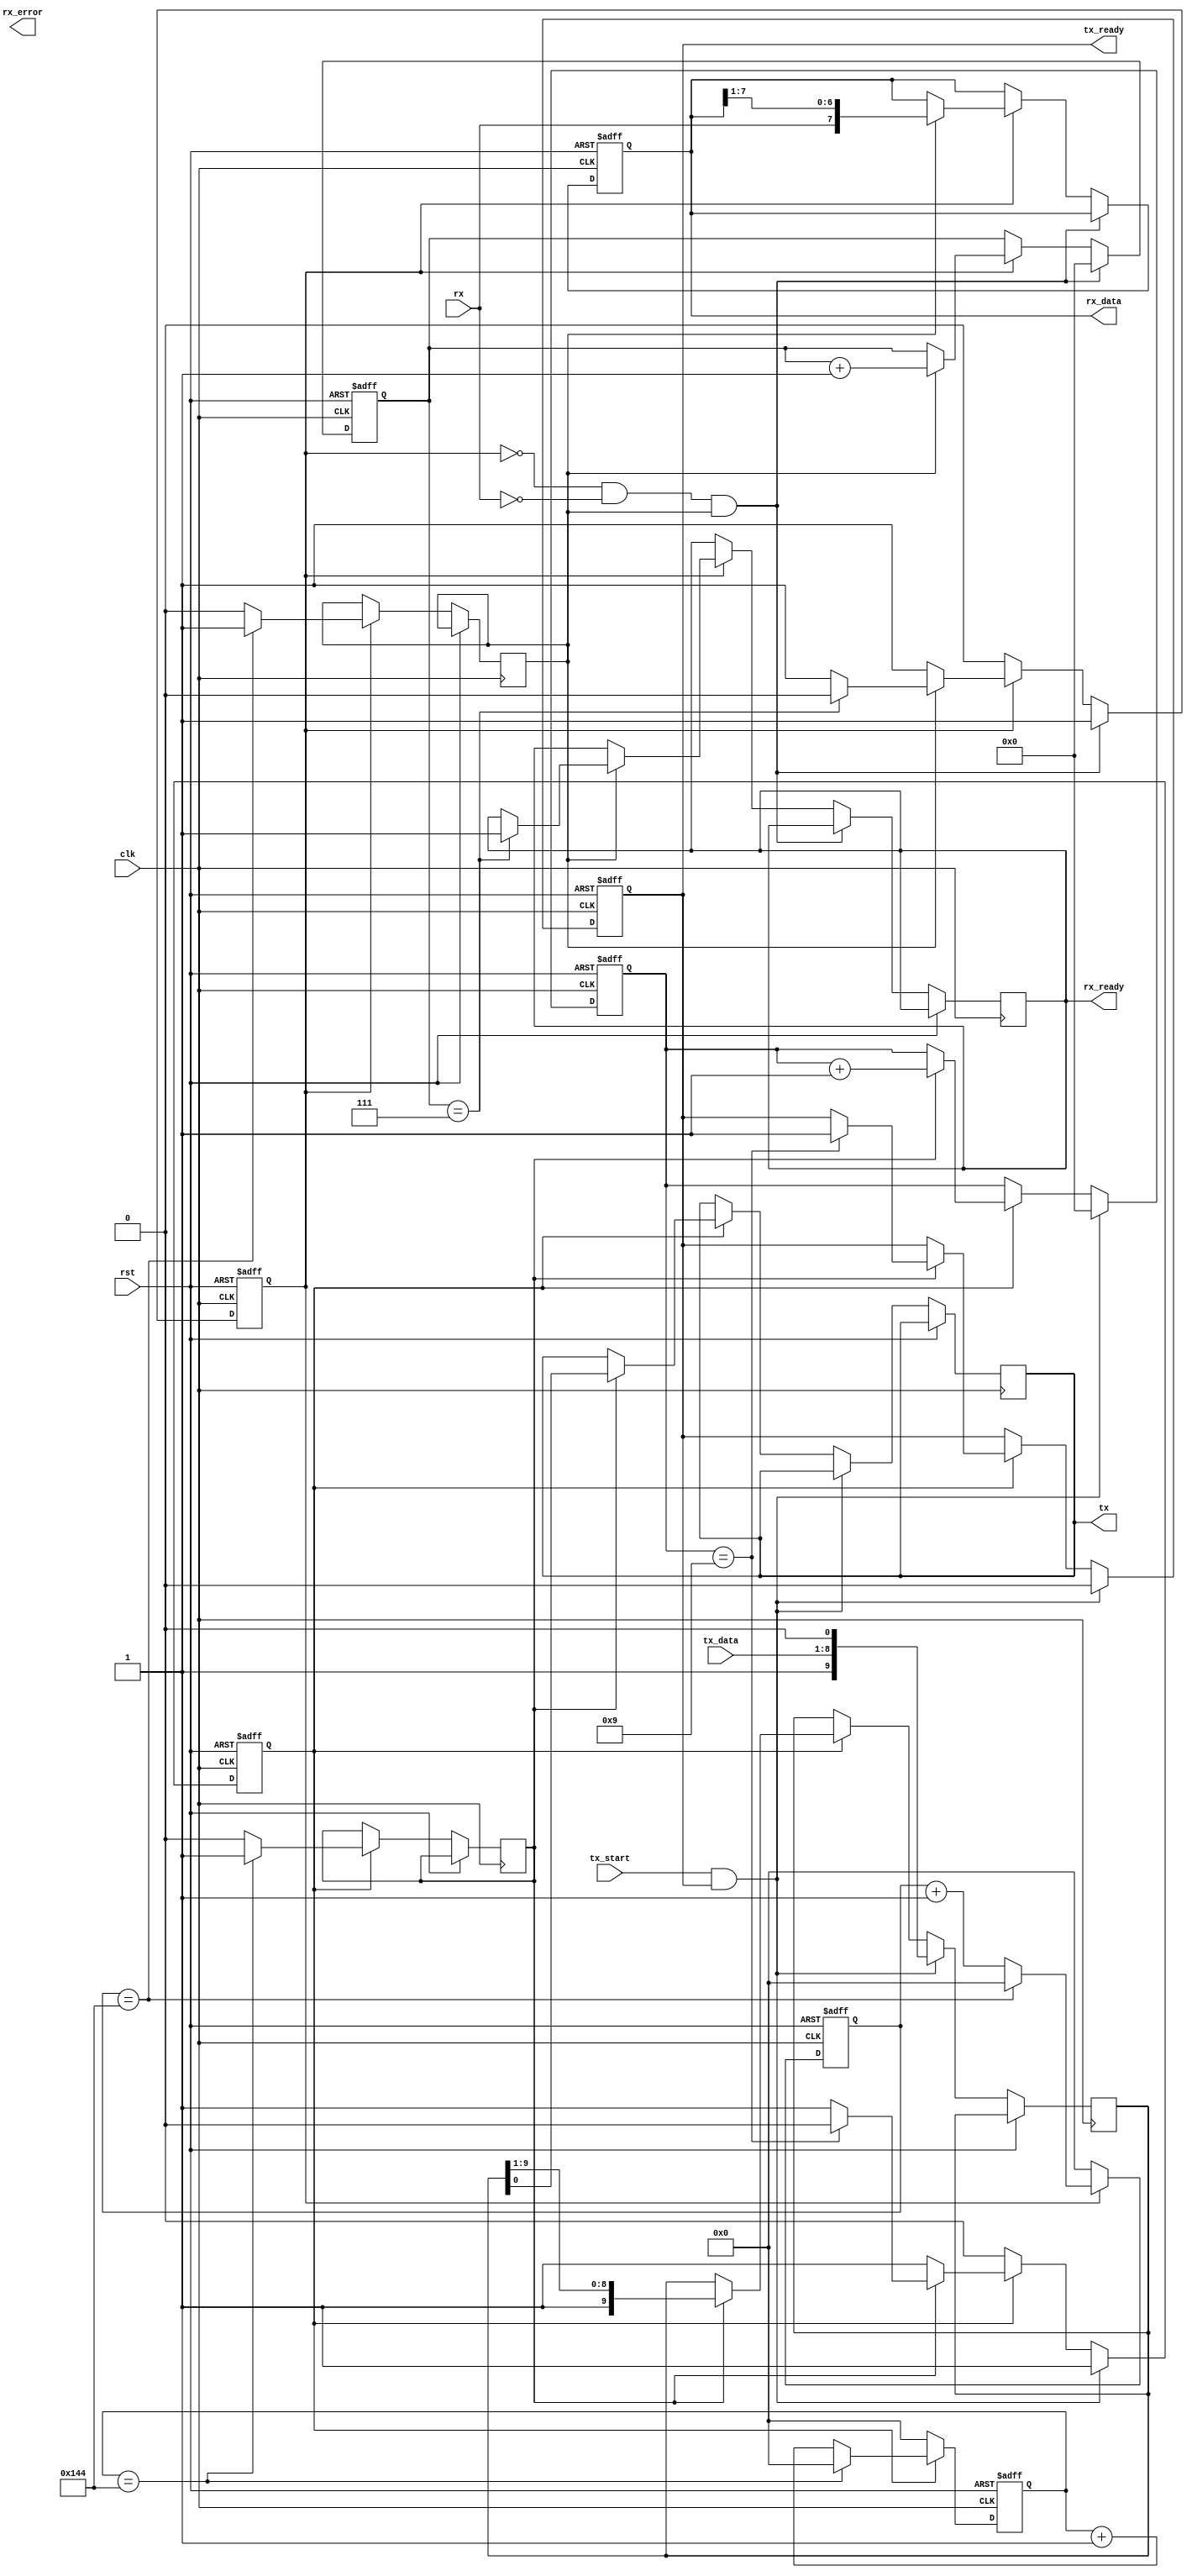
module parameterized_uart #(
    parameter BAUD_RATE = 9600,
    parameter CLOCK_FREQ = 50000000, // 50 MHz
    parameter DATA_WIDTH = 8,
    parameter STOP_BITS = 1,
    parameter PARITY = "NONE" // Options: "NONE", "EVEN", "ODD"
) (
    input wire clk,               // System Clock
    input wire rst,               // Reset
    input wire tx_start,          // Start signal for transmission
    input wire [DATA_WIDTH-1:0] tx_data, // Data to transmit
    output wire tx_ready,         // TX ready signal
    output wire tx,               // Transmitted serial data output
    
    input wire rx,                // Received serial data input
    output wire [DATA_WIDTH-1:0] rx_data, // Received data
    output wire rx_ready,         // RX ready signal
    output wire rx_error          // RX error signal
);

    // Baud rate calculation
    localparam BAUD_DIV = CLOCK_FREQ / (BAUD_RATE * 16);
    
    // Transmitter variables
    reg [DATA_WIDTH+1+STOP_BITS-1:0] tx_shift_reg;
    reg [3:0] tx_bit_count;
    reg tx_enable;
    reg [9:0] tx_clk_count;
    reg tx_busy;
    
    // Receiver variables
    reg [DATA_WIDTH-1:0] rx_shift_reg;
    reg [3:0] rx_bit_count;
    reg [9:0] rx_clk_count;
    reg rx_busy;
    reg rx_sample;
    
    // Baud Rate Generator for TX
    always @(posedge clk or posedge rst) begin
        if (rst) begin
            tx_clk_count <= 0;
        end else if (tx_busy) begin
            if (tx_clk_count == BAUD_DIV - 1) begin
                tx_clk_count <= 0;
                tx_enable <= 1;
            end else begin
                tx_clk_count <= tx_clk_count + 1;
                tx_enable <= 0;
            end
        end else begin
            tx_clk_count <= 0;
        end
    end

    // Transmitter State Machine
    always @(posedge clk or posedge rst) begin
        if (rst) begin
            tx_busy <= 0;
            tx_ready <= 1;
            tx_bit_count <= 0;
        end else if (tx_start && tx_ready) begin
            tx_busy <= 1;
            tx_ready <= 0;
            tx_bit_count <= 0;
            tx_shift_reg <= {1'b1, tx_data, 1'b0}; // Stop, Data, Start
        end else if (tx_busy) begin
            if (tx_enable) begin
                tx <= tx_shift_reg[0]; // Send least significant bit first
                tx_shift_reg <= {1'b1, tx_shift_reg[DATA_WIDTH+1+STOP_BITS-1:1]}; // Shift right
                tx_bit_count <= tx_bit_count + 1;
                if (tx_bit_count == DATA_WIDTH + STOP_BITS) begin
                    tx_busy <= 0; // Transmission complete
                    tx_ready <= 1; // Ready for next transmission
                end
            end
        end
    end

    // Baud Rate Generator for RX
    always @(posedge clk or posedge rst) begin
        if (rst) begin
            rx_clk_count <= 0;
        end else if (rx_busy) begin
            if (rx_clk_count == BAUD_DIV - 1) begin
                rx_clk_count <= 0;
                rx_sample <= 1;
            end else begin
                rx_clk_count <= rx_clk_count + 1;
                rx_sample <= 0;
            end
        end else begin
            rx_clk_count <= 0;
        end
    end

    // Receiver State Machine
    always @(posedge clk or posedge rst) begin
        if (rst) begin
            rx_busy <= 0;
            rx_bit_count <= 0;
            rx_shift_reg <= 0;
        end else if (!rx_busy && !rx && rx_sample) begin // Start bit detected
            rx_busy <= 1;
            rx_bit_count <= 0;
        end else if (rx_busy) begin
            if (rx_sample) begin
                rx_shift_reg <= {rx, rx_shift_reg[DATA_WIDTH-1:1]}; // Shift in
                rx_bit_count <= rx_bit_count + 1;
                if (rx_bit_count == DATA_WIDTH - 1) begin
                    rx_busy <= 0; // Reception complete
                    rx_ready <= 1; // Indicate data is ready
                end
            end
        end
    end

    assign rx_data = rx_shift_reg;

endmodule